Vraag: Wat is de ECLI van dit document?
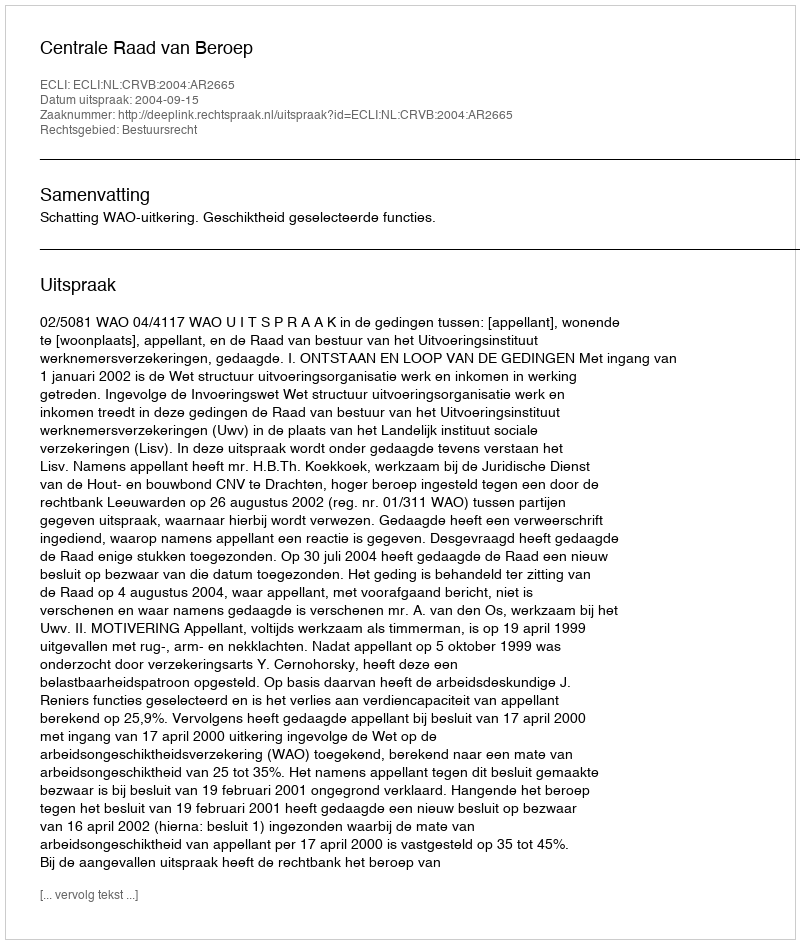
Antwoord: ECLI:NL:CRVB:2004:AR2665